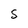
Character: S